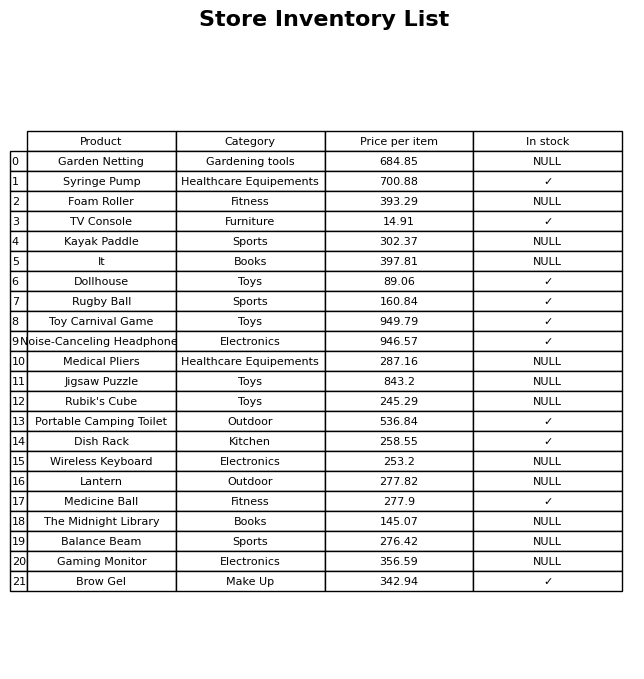
question: What category does the Lantern belong to?
answer: Outdoor